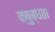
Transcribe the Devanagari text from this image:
क्षुब्धता